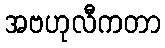
အဗဟုလီကတာ